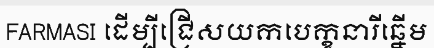
FARMASI ដើម្បីជ្រើសយកបេក្ខនារីឆ្នើម